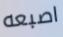
اصبعه